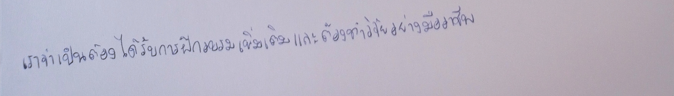
เราจำเป็นต้องได้รับการฝึกอบรมเพิ่มเติมและต้องทำวิจัยอย่างมืออาชีพ